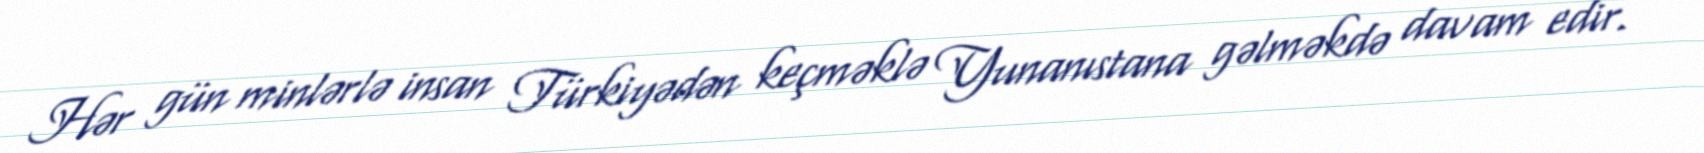
Hər gün minlərlə insan Türkiyədən keçməklə Yunanıstana gəlməkdə davam edir.